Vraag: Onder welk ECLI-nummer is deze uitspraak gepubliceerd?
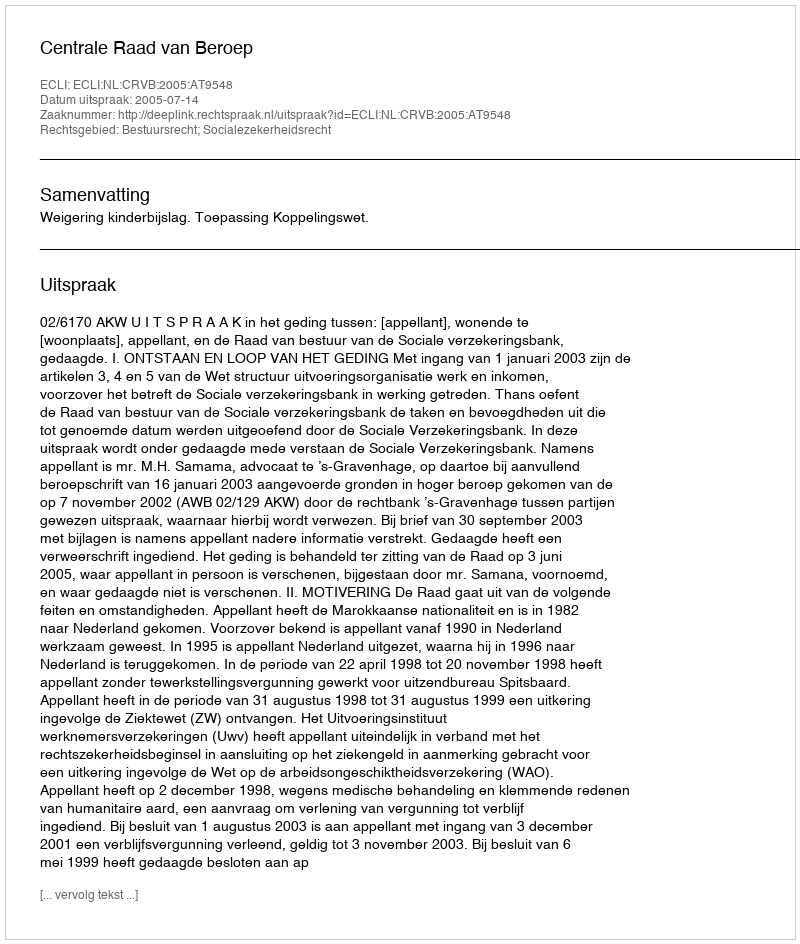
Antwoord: ECLI:NL:CRVB:2005:AT9548